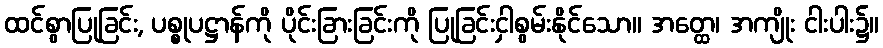
ထင်စွာပြုခြင်း, ပစ္စုပဋ္ဌာန်ကို ပိုင်းခြားခြင်းကို ပြုခြင်းငှါစွမ်းနိုင်သော။ အတ္ထေ၊ အကျိုး ငါးပါး၌။